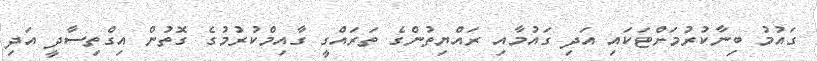
ގައުމު ބިނާކުރުމަށްޓަކައި އަދި ގައުމާއި ރައްޔިތުންގެ ތަރައްގީ ގާއިމްކުރުމުގެ ގޮތުން އިގްތިސާދީ އަދި